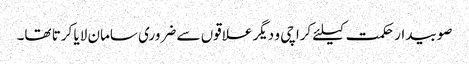
صوبیدار حکمت کیلئے کراچی و دیگر علاقوں سے ضروری سامان لایا کرتا تھا۔